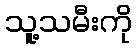
သူ့သမီးကို